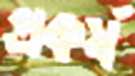
প্রকর্ষ